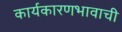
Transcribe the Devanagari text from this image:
कार्यकारणभावाची